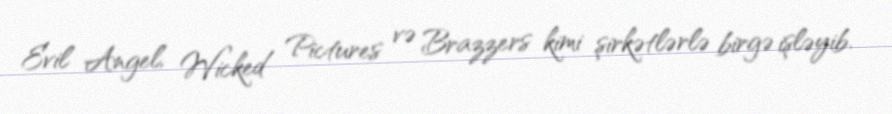
Evil Angel, Wicked Pictures və Brazzers kimi şirkətlərlə birgə işləyib.